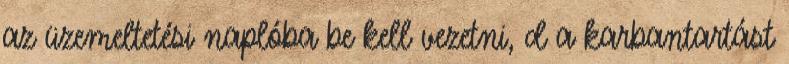
az üzemeltetési naplóba be kell vezetni, d a karbantartást